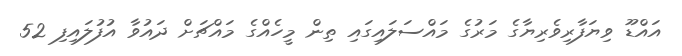
އައްޑޫ ވިޔަފާރިވެރިޔާގެ މަރުގެ މައްސަލައިގައި ތިން މީހެއްގެ މައްޗަށް ދައުވާ އުފުލައިފި 52